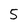
Character: 5